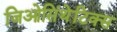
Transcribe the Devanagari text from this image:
जिओसिंथेटिक्स